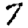
Digit: 7